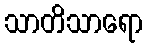
သာတိသာရော